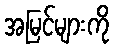
အမြင်များကို